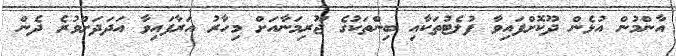
އާންމުން އުޅެން ދޫކޮށްފައިވާ ފުލެޓުތަކާއި ބިންތަކުގެ ޖޫރިމަނާއަށް މިހާރު އަރާފައިވާ އަދަދަށްވުރެ ދެން